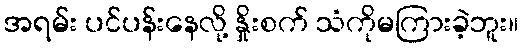
အရမ်း ပင်ပန်းနေလို့ နှိုးစက် သံကိုမကြားခဲ့ဘူး။